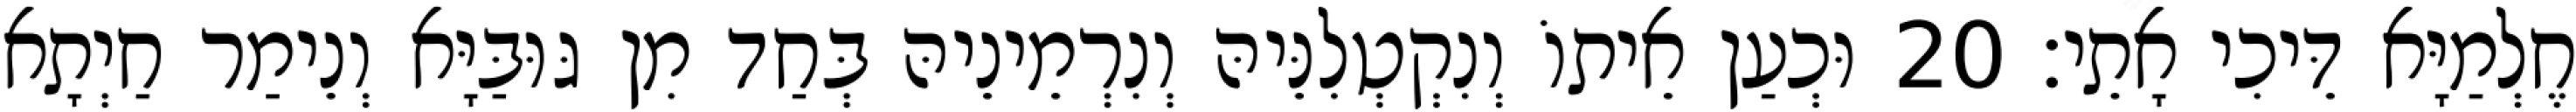
חֶלְמַיָּא דֵּיכִי אָתֵי׃ 20 וּכְעַן אֵיתוֹ וְנִקְטְלִנֵּיהּ וְנִרְמֵינֵיהּ בְּחַד מִן גּוּבַּיָּא וְנֵימַר חַיְתָא